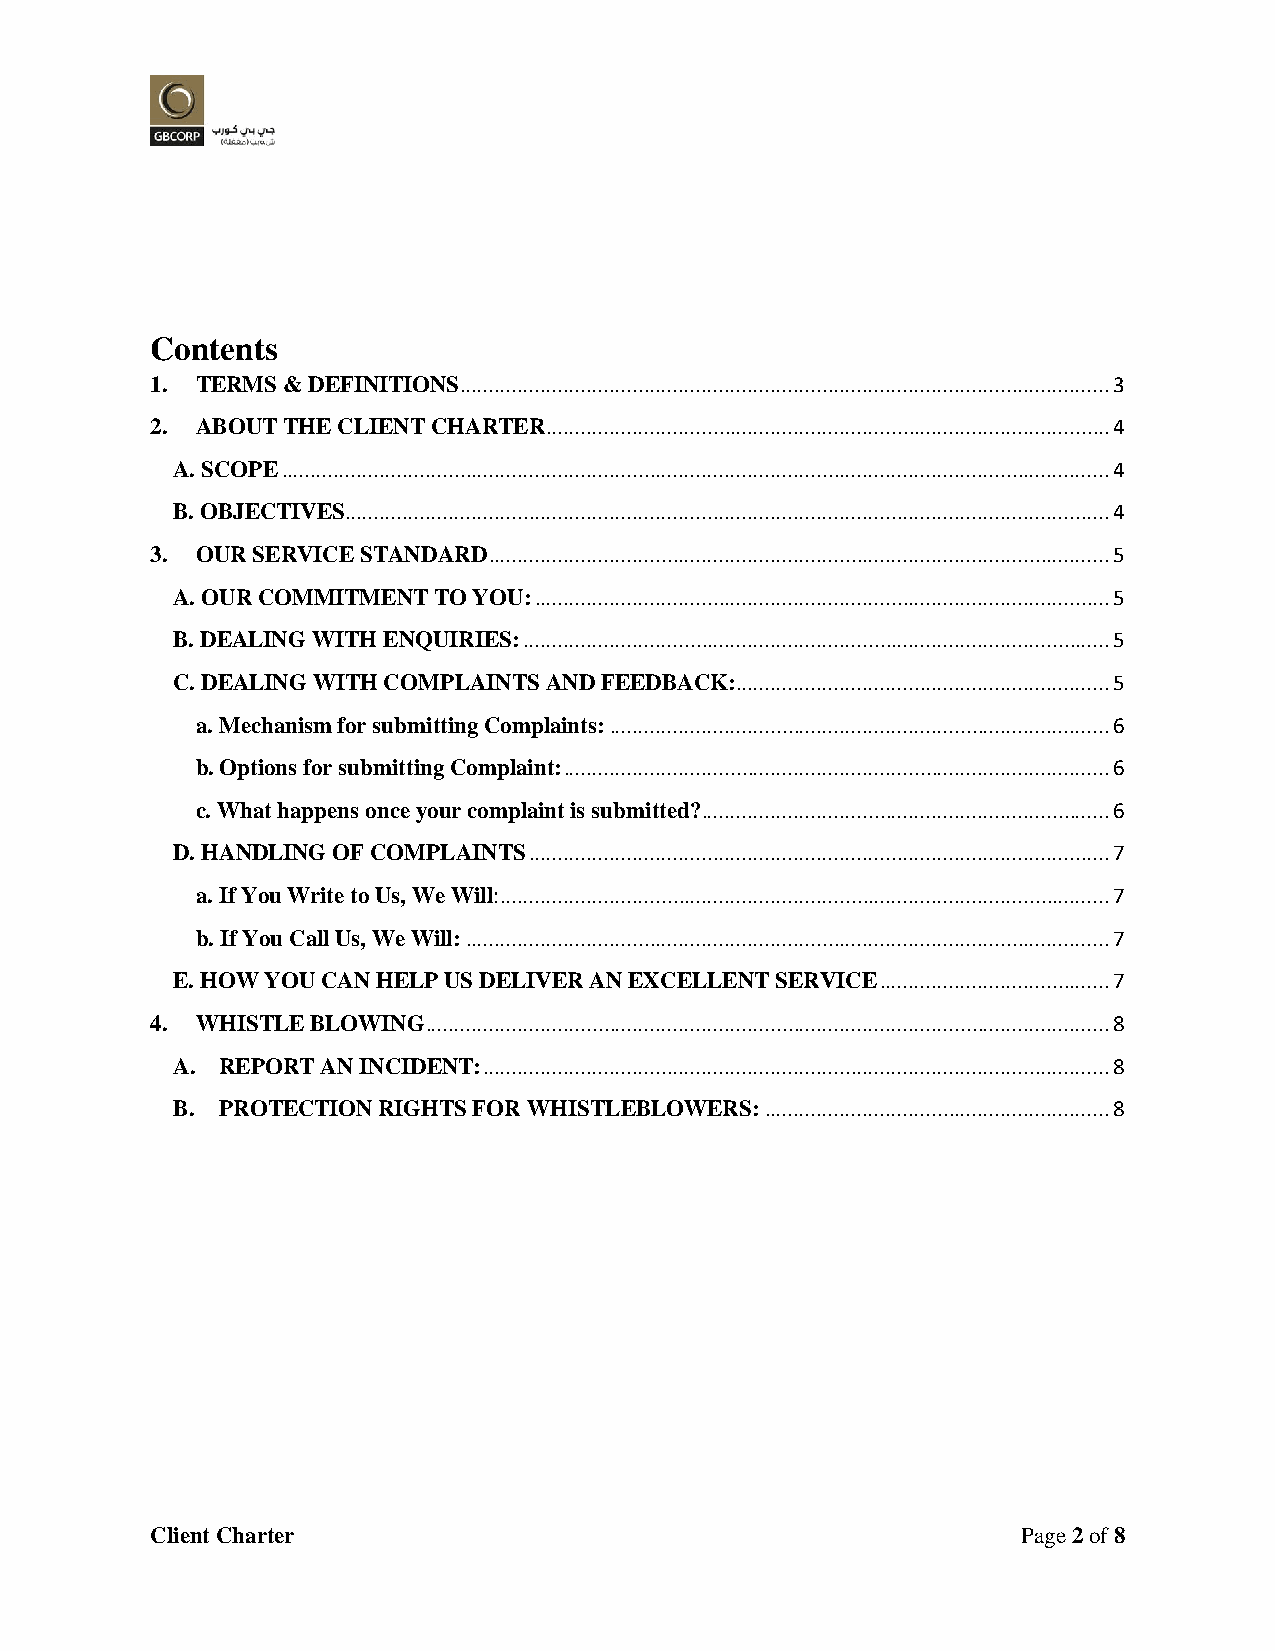
Contents
 1. TERMS & DEFINITIONS ................................................................................................................. 3
 2. ABOUT THE CLIENT CHARTER .................................................................................................. 4
 A. SCOPE ................................................................................................................................................ 4
 B. OBJECTIVES..................................................................................................................................... 4
 3. OUR SERVICE STANDARD ............................................................................................................ 5
 A. OUR COMMITMENT TO YOU: .................................................................................................... 5
 B. DEALING WITH ENQUIRIES: ...................................................................................................... 5
 C. DEALING WITH COMPLAINTS AND FEEDBACK: ................................................................. 5
 a. Mechanism for submitting Complaints: ....................................................................................... 6
 b. Options for submitting Complaint: ............................................................................................... 6
 c. What happens once your complaint is submitted? ....................................................................... 6
 D. HANDLING OF COMPLAINTS ..................................................................................................... 7
 a. If You Write to Us, We Will: .......................................................................................................... 7
 b. If You Call Us, We Will: ................................................................................................................ 7
 E. HOW YOU CAN HELP US DELIVER AN EXCELLENT SERVICE ........................................ 7
 4. WHISTLE BLOWING ....................................................................................................................... 8
 A. REPORT AN INCIDENT: ............................................................................................................. 8
 B. PROTECTION RIGHTS FOR WHISTLEBLOWERS: ............................................................ 8
 Client Charter                                            Page 2 of 8